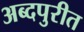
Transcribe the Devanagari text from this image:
अब्दपुरीत